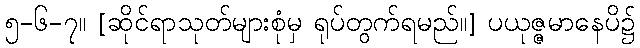
၅-၆-၇။ [ဆိုင်ရာသုတ်များစုံမှ ရုပ်တွက်ရမည်။] ပယုဇ္ဇမာနေပိ၌